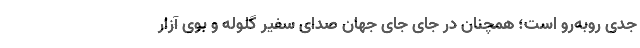
جدی روبه‌رو است؛ همچنان در جای جای جهان صدای سفیر گلوله و بوی آزار